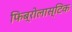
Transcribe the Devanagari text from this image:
फिब्रोलास्टिक